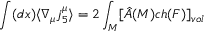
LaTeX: \int ( d x ) \langle \nabla _ { \mu } j _ { 5 } ^ { \mu } \rangle = 2 \int _ { M } [ \hat { A } ( M ) c h ( F ) ] _ { v o l }